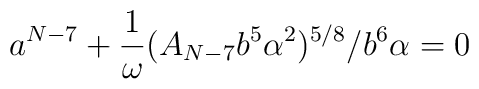
a^{N-7}+\frac{1}{\omega} (A_{N-7}b^5 \alpha^2)^{5/8}/b^6\alpha=0